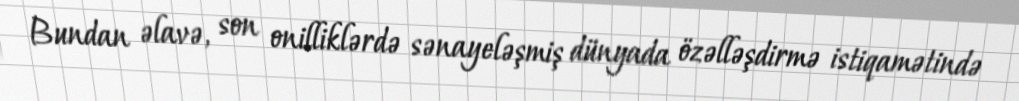
Bundan əlavə, son onilliklərdə sənayeləşmiş dünyada özəlləşdirmə istiqamətində